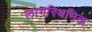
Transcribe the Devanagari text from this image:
लागरिथमिक